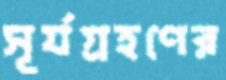
সূর্যগ্রহণের